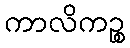
ကာလိကဉ္စ